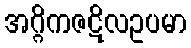
အဂ္ဂိကဇဋိလဥပမာ